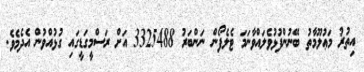
އިތުރު މަޢުލޫމާތު ބޭނުންފުޅުވެލައްވާނަމަ ޓެލެފޯން ނަންބަރު 3325488 އަށް ރަސްމީގަޑީގައި ގުޅުއްވުން އެދެމެވެ.